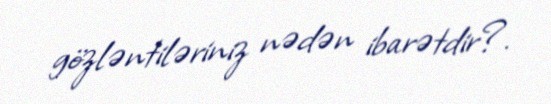
gözləntiləriniz nədən ibarətdir?.